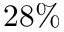
2 8 \%